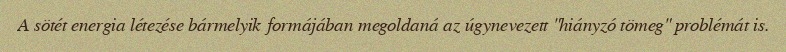
A sötét energia létezése bármelyik formájában megoldaná az úgynevezett "hiányzó tömeg" problémát is.